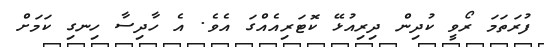
ފުރަތަމަ ރޯވީ ކުދިން ދިރިއުޅޭ ކޮޓަރިއެއްގަ އެވެ. އެ ހާދިސާ ހިނގި ކަމަށް